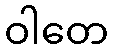
ဝါတေ